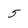
Character: 5